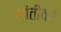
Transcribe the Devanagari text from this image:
शांतीवर